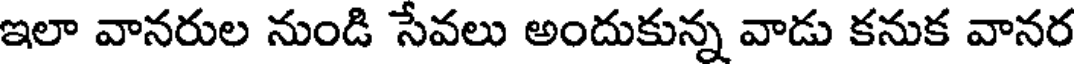
ఇలా వానరుల నుండి సేవలు అందుకున్న వాడు కనుక వానర